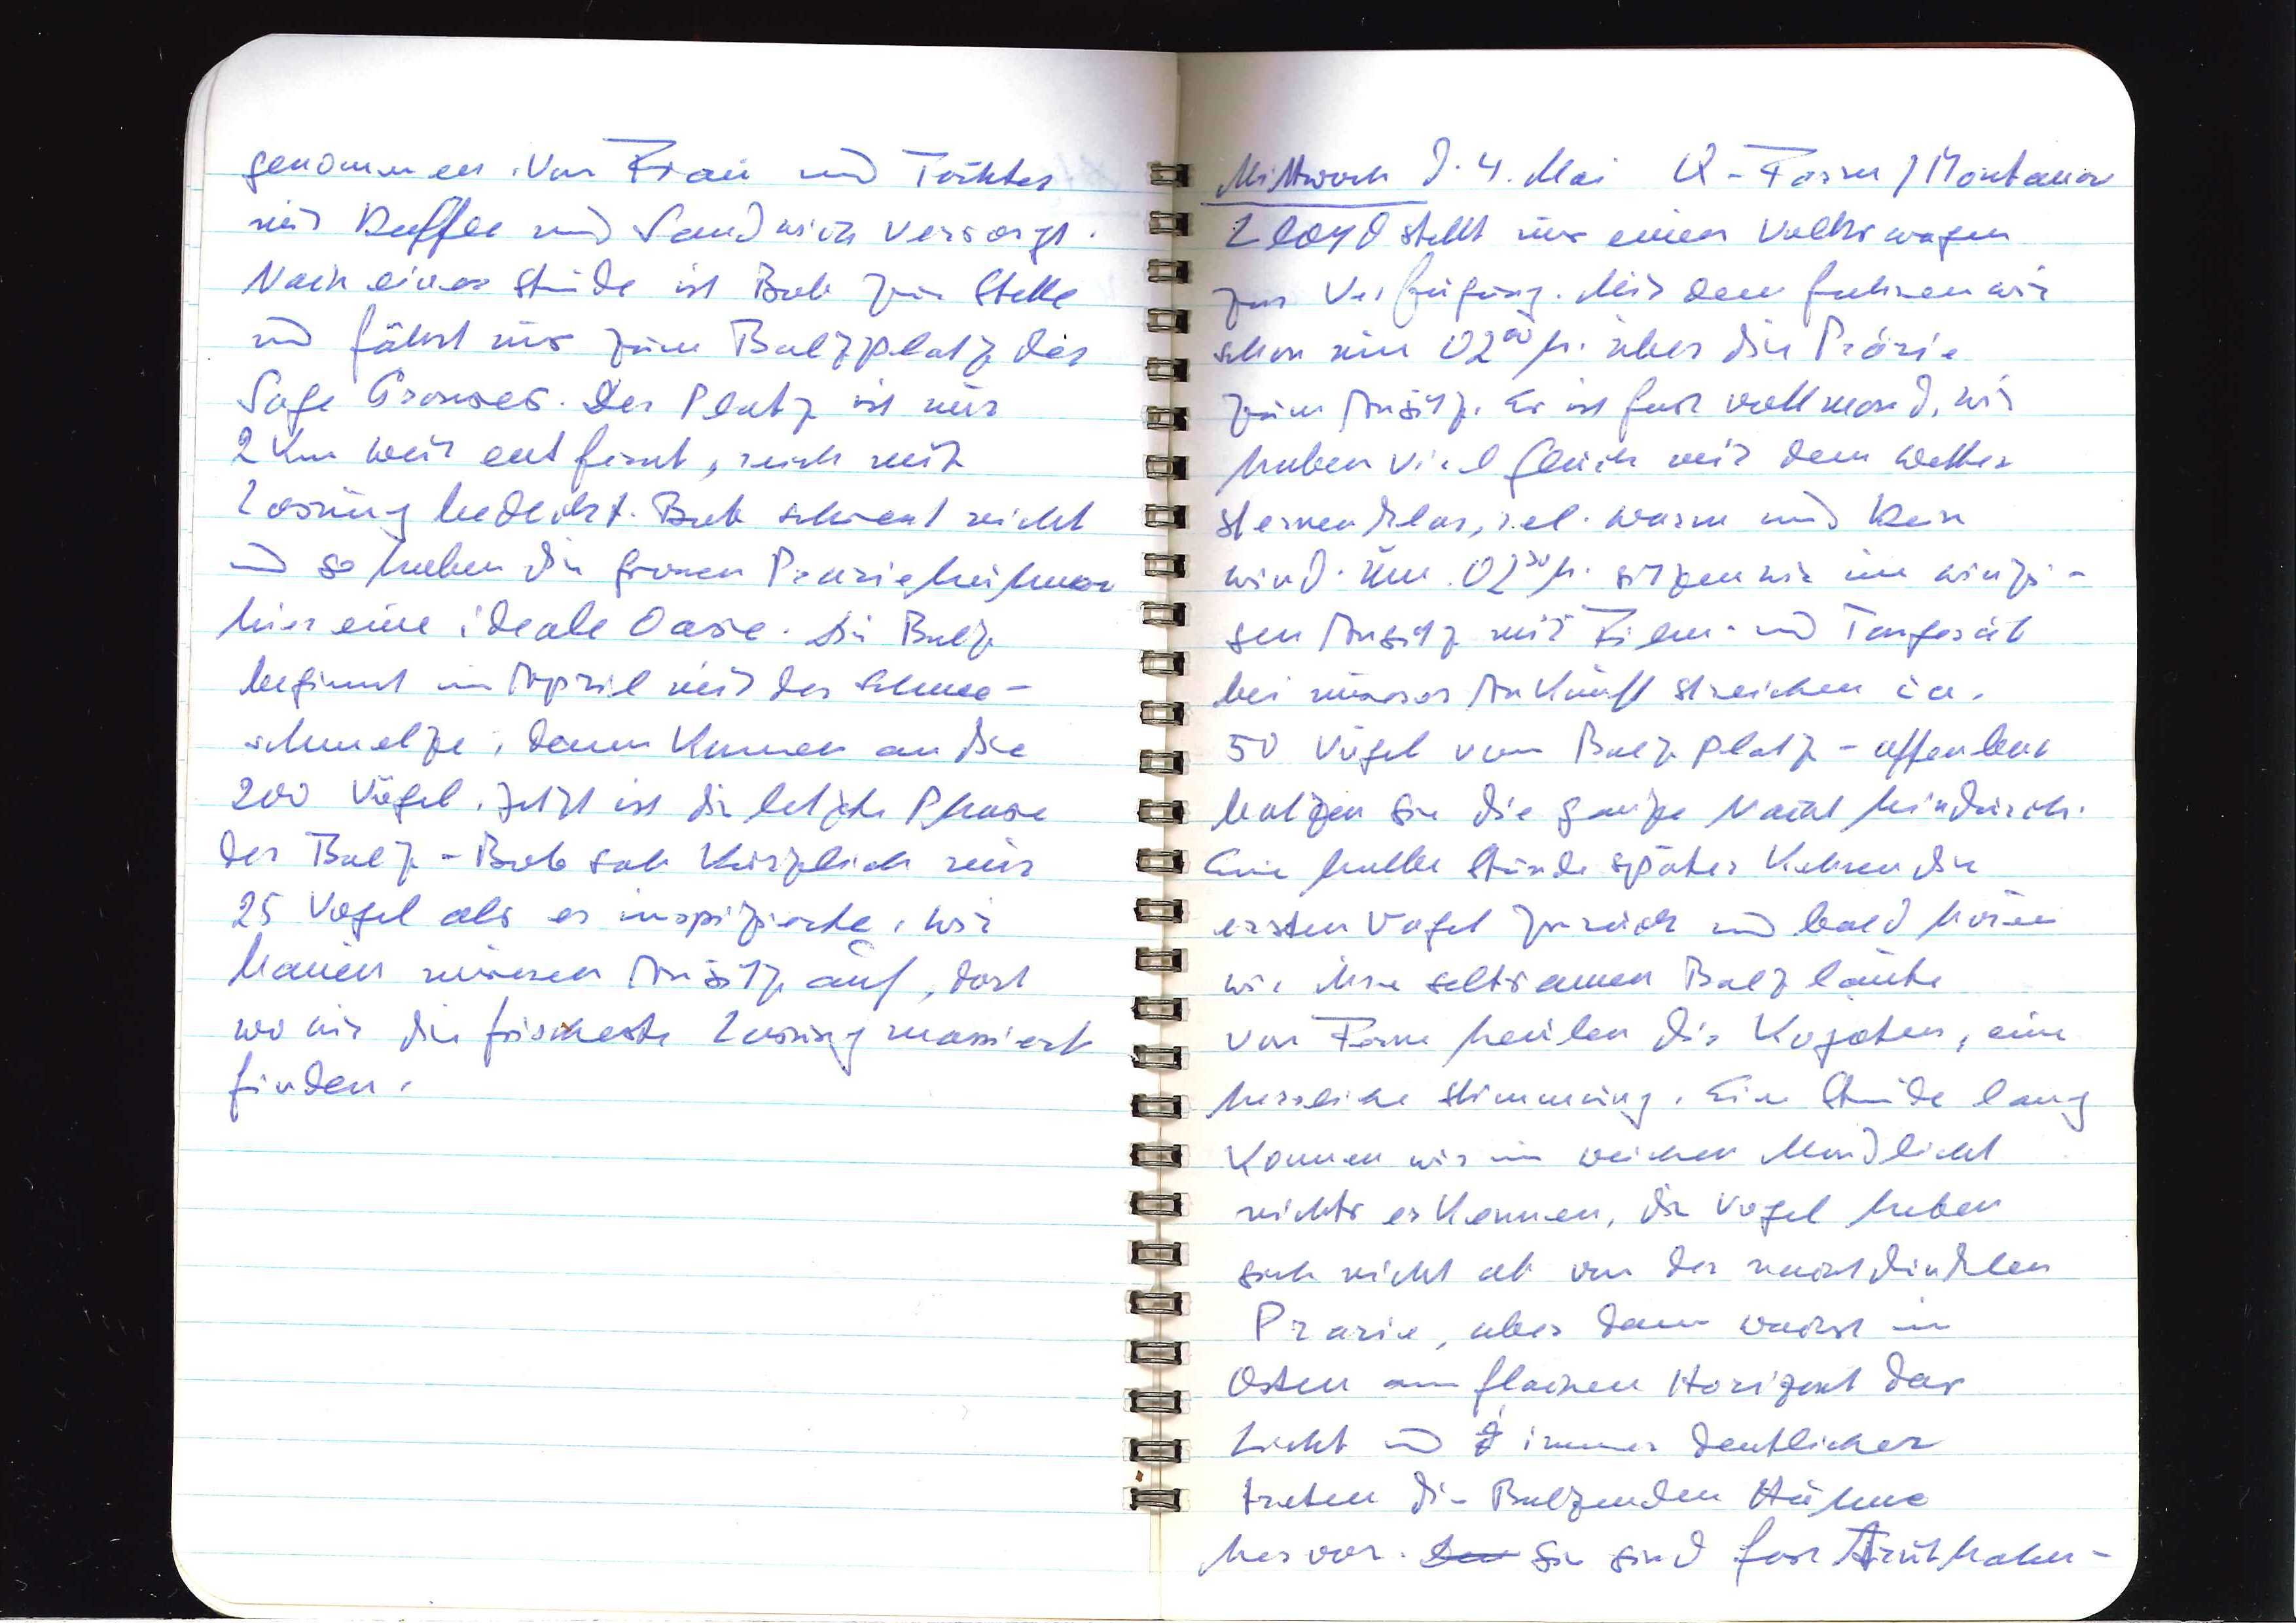
genommen. Von Frau und Tochter
mit Kaffee und Sandwich versorgt.
Nach einer Stunde ist Bob zur Stelle
und fährt uns zum Balzplatz der
Sage Grouses. Der Platz ist nur
2 km weit entfernt, noch mit
Losung bedeckt. Bob schiesst nicht
und so haben die grossen Präriehühner
hier eine ideale Oase. Die Balz
beginnt im April mit der Schnee¬
schmelze, dann kommen an die
200 Vögel. Jetzt ist die letzte Phase
der Balz — Bob sah kürzlich nur
25 Vögel als er inspizierte. Wir
bauen unseren Ansitz auf, dort
wo wir die frischeste Losung massiert
finden.

Mittwoch d. 4. Mai Q-Farm / Montana
Lloyd stellt uns einen Volkswagen
zur Verfügung. Mit dem fahren wir
schon um 0200 h. über die Prärie
zum Ansitz. Es ist fast Vollmond. Wir
haben viel Glück mit dem Wetter.
Sternenklar, rel. warm und kein
Wind. Um 0230 h. sitzen wir im winzi¬
gen Ansitz mit Film und Tongerät
Bei unserer Ankunft streichen ca.
50 Vögel vom Balzplatz — offenbar
balzen sie die ganze Nacht hindurch.
Eine halbe Stunde später kehren die
ersten Vögel zurück und bald hören
wir ihre seltsamen Balzlaute
Von Fern heulen die Kojoten, eine
herrliche Stimmung. Eine Stunde lang
können wir im weichen Mondlicht
nichts erkennen, die Vögel heben
sich nicht ab von der nächtlichen
Prärie, aber dann wächst im
Osten am flachen Horizont das
Licht und immer deutlicher
treten die Balzenden Hähne
hervor. xxx Sie sind fast Truthahn¬